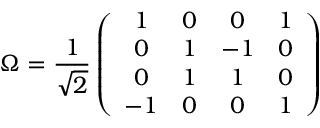
\Omega = \frac { 1 } { \sqrt { 2 } } \left( \begin{array} { c c c c } { { 1 } } & { { 0 } } & { { 0 } } & { { 1 } } \\ { { 0 } } & { { 1 } } & { { - 1 } } & { { 0 } } \\ { { 0 } } & { { 1 } } & { { 1 } } & { { 0 } } \\ { { - 1 } } & { { 0 } } & { { 0 } } & { { 1 } } \end{array} \right)